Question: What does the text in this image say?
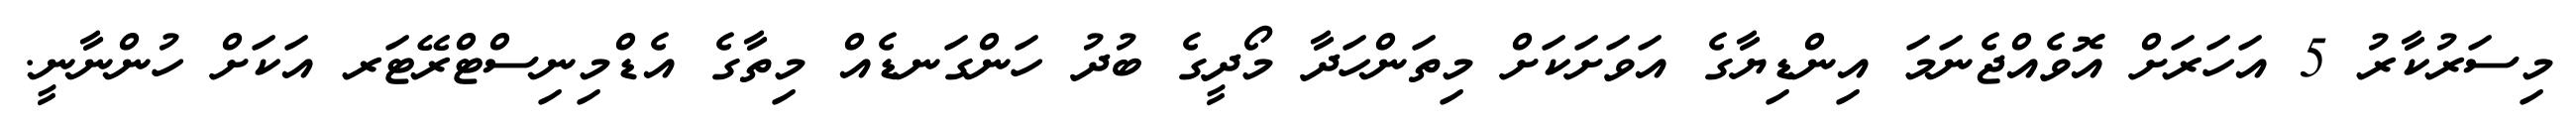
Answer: މިސަރުކާރު 5 އަހަރަށް އޮވެއްޖެނަމަ އިންޑިޔާގެ އަވަށަކަށް މިތަންހަދާ މޯދީގެ ބުދު ހަންގަނޑެއް މިތާގެ އެޑްމިނިސްޓްރޭޓަރ އަކަށް ހުންނާނީ.